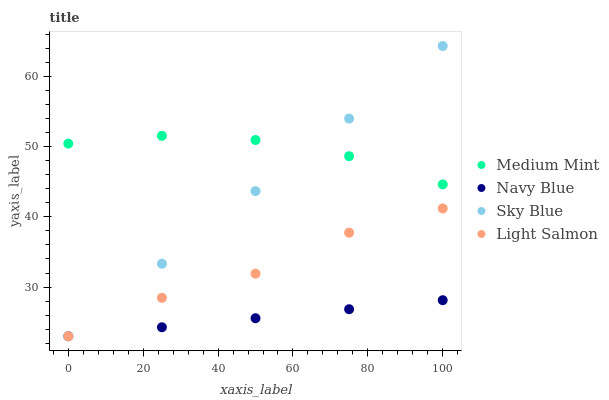
| xaxis_label | Medium Mint | Navy Blue | Sky Blue | Light Salmon |
 | --- | --- | --- | --- | --- |
 | 0 | 50.4 | 23 | 23 | 23 |
 | 25 | 51.5 | 24.3 | 33.3 | 28.5 |
 | 50 | 50.9 | 25.6 | 43.7 | 31.9 |
 | 75 | 48.6 | 26.8 | 54 | 37.7 |
 | 100 | 44.6 | 28.1 | 64.3 | 41.2 |